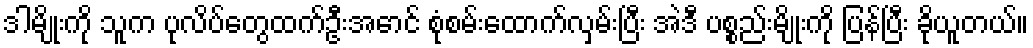
ဒါမျိုးကို သူက ပုလိပ်တွေထက်ဦးအောင် စုံစမ်းထောက်လှမ်းပြီး အဲဒီ ပစ္စည်းမျိုးကို ပြန်ပြီး ခိုယူတယ်။